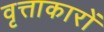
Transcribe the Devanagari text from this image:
वृत्ताकारों